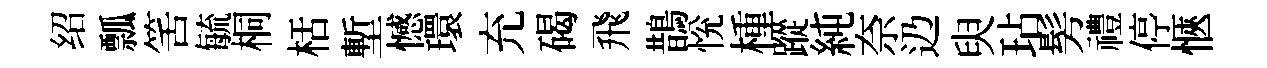
绍瓢筈毓桐栝塹憾環充碣飛鵲恱㮔蹤純奈辸臾玷髣禮停愜